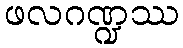
ဖလဂဏ္ဍဿ